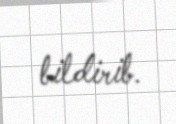
bildirib.